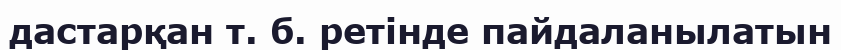
дастарқан т. б. ретінде пайдаланылатын